Annual report of the Punjab Veterinary College and of the Civil Veterinary Department, Punjab - 1894-1908
Year: 1894
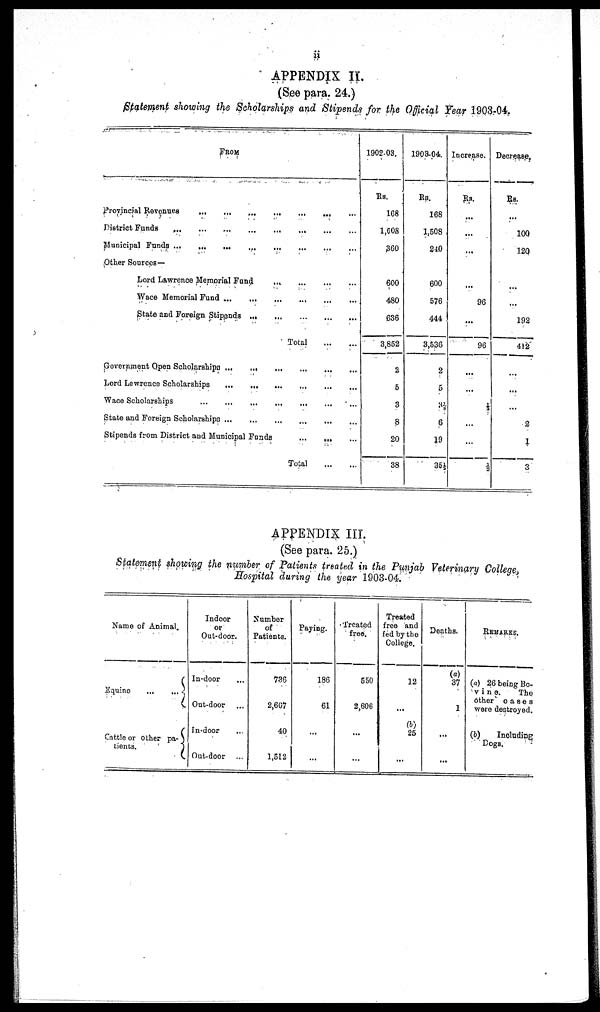
ii
APPENDIX II.
(See para. 24.)
Statement showing the Scholarships and Stipends for the Official Year 1903-04.
FROM
Provincial Revenues
...
...
...
...
...
District Funds
...
...
...
...
...
...
...
...
Municipal Funds ... ... ... ... ... ...
Other Sources—
Lord Lawrence Memorial Fund
...
...
...
...
...
Wace Memorial Fund
...
...
...
...
...
State and Foreign Stipends
...
...
...
...
...
Total
...
...
Government Open
Scholarshipe
...
...
...
...
...
Lord Lawrence Scholarships ... ... ... ... ... ...
Wace Scholarships
...
...
...
...
...
State and Foreign
Scholarshipe
...
...
...
...
...
Stipends from District and Municipal
Funds
... ... ... ...
Total
...
...
1902-03.
Rs.
168
1,608
360
600
480
636
3,852
2
5
3
8
20
38
1903-04.
Rs.
168
1,508
240
600
576
444
3,536
2
5
3½
6
19
35½
Increase.
Rs.
...
...
...
...
96
...
96
...
...
½
...
...
½
Decrease.
Rs.
...
100
120
...
...
192
412
...
...
...
2
1
3
APPENDIX III.
(See para. 25.)
Statement showing the number of Patients treated in the Punjab Veterinary College,
Hospital during the year 1903-04.
Name of Animal.
Equine
...
...
Cattle or other
pa-
tients.
Indoor
or
Out-door.
In-door ...
Out-door ...
In-door ...
Out-door ...
Number
of
Patients.
736
2,667
40
1,512
Paying.
186
61
...
...
Treated
free.
550
2,606
...
...
Treated
free and
fed by the
College.
12
...
(b)
25
...
Deaths.
(a)
37
1
...
...
REMARKS.
(a) 26 being Bo-
vine.
The
other
cases
were destroyed.
(b)
Including
Dogs.